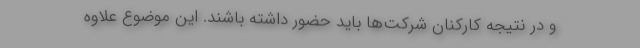
و در نتیجه کارکنان شرکت‌ها باید حضور داشته باشند. این موضوع علاوه